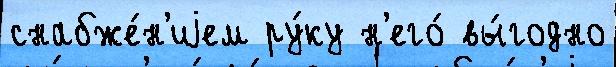
снабже́н'иjем ру́ку н'его́ вы́годно